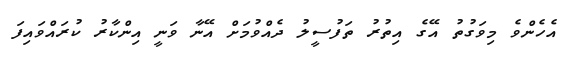
އެހެންވެ މިވަގުތު އޭގެ އިތުރު ތަފުސީލު ދެއްވުމަށް އޭނާ ވަނީ އިންކާރު ކުރައްވައިފަ